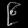
Digit: ၉